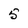
Character: 5